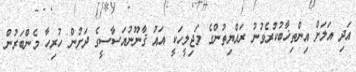
އަދި އަލަށް އިންތިޚާބުކުރެވުނު ރައްޔިތުންގެ މަޖިލީހަކީ އައު ޤާނޫނުއަސާސީގެ ދަށުން ހުރިހާ މެންބަރުން